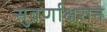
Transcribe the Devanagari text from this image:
सुवर्णाक्षराने